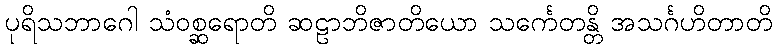
ပုရိသဘာဂေါ သံဝစ္ဆရောတိ ဆဠာဘိဇာတိယော သင်္ကေတန္တိ အသင်္ဂဟိတာတိ